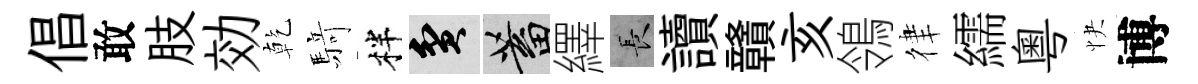
倡敢肢効乾𮪍柈貧蓄繹长讀贛亥鴒律繻粵快博